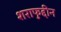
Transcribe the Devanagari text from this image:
शराफुद्दीन